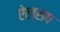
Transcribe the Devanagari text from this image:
ऐल्सप